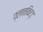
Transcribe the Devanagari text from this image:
प्लनकिट्ट